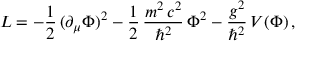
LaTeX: { \cal L } = - \frac { 1 } { 2 } \, ( \partial _ { \mu } \Phi ) ^ { 2 } - \frac { 1 } { 2 } \, \frac { m ^ { 2 } \, c ^ { 2 } } { \hbar ^ { 2 } } \, \Phi ^ { 2 } - \frac { g ^ { 2 } } { \hbar ^ { 2 } } \, V ( \Phi ) \, ,